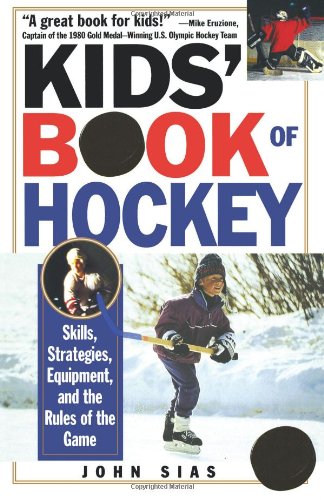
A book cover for Kids' Book Of Hockey: Skills, Strategies, Equipment, and the Rules of the Game; John Sias; Sports & Outdoors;